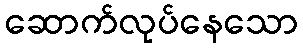
ဆောက်လုပ်နေသော